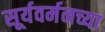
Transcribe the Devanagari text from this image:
सूर्यवर्मनच्या